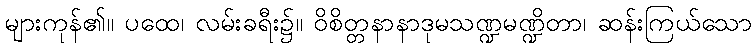
များကုန်၏။ ပထေ၊ လမ်းခရီး၌။ ဝိစိတ္တနာနာဒုမသဏ္ဍမဏ္ဍိတာ၊ ဆန်းကြယ်သော